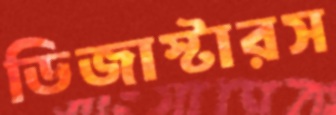
ডিজাস্টারস